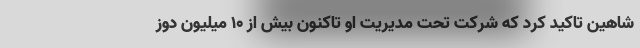
شاهین تاکید کرد که شرکت تحت مدیریت او تاکنون بیش از 10 میلیون دوز